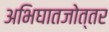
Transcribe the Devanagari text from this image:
अभिघातजोत्तर